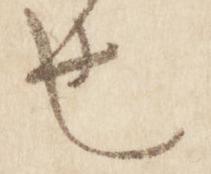
也